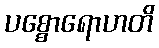
ပစ္စောရောဟတိ